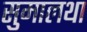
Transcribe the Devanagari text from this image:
सुमालथा